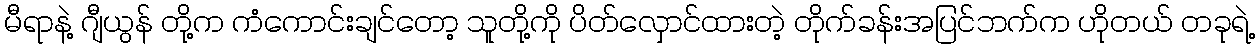
မီရာနဲ့ ဂျီယွန် တို့က ကံကောင်းချင်တော့ သူတို့ကို ပိတ်လှောင်ထားတဲ့ တိုက်ခန်းအပြင်ဘက်က ဟိုတယ် တခုရဲ့